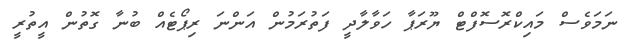
ނަމަވެސް މައިކްރޮސޮފްޓް ޔޫރަޕާ ހަވާލާދީ ފަތުރަމުން އަންނަ ރިޕޯޓެއް ބުނާ ގޮތުން އީތުރީ